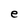
Character: e